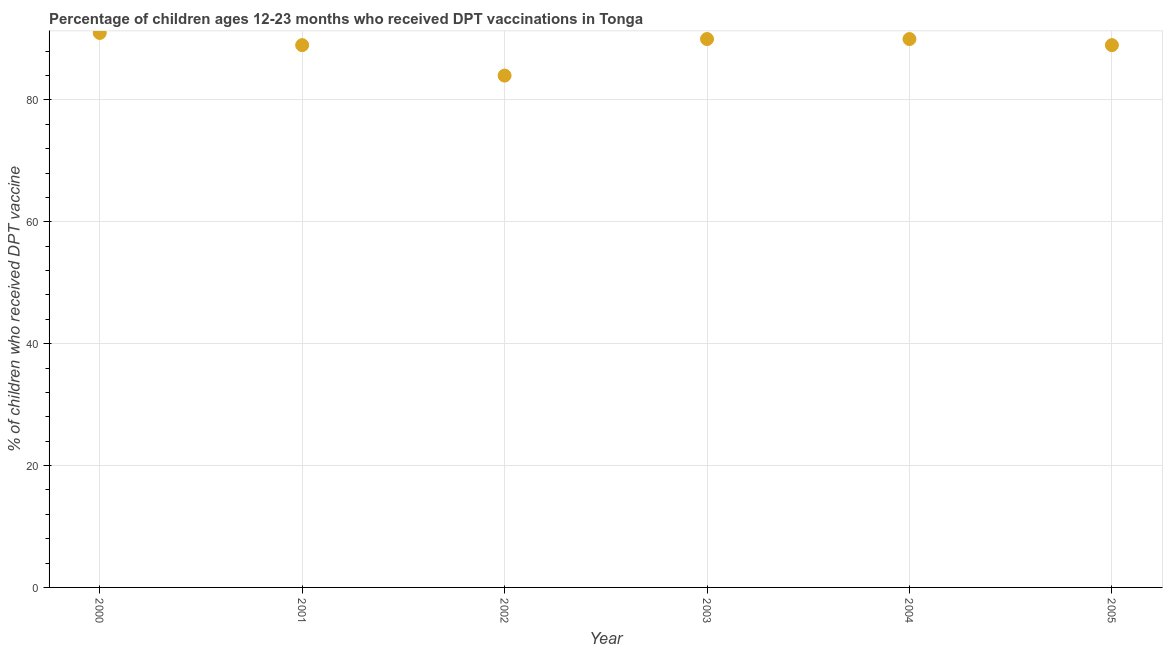
| Year | Immunization |
 | --- | --- |
 | 2000 | 91 |
 | 2001 | 89 |
 | 2002 | 84 |
 | 2003 | 90 |
 | 2004 | 90 |
 | 2005 | 89 |